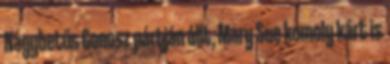
Nagybetűs Gonosz pártján állt, Mary Sue komoly kárt is